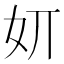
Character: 㚦